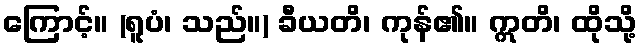
ကြောင့်။ (ရူပံ၊ သည်။) ခီယတိ၊ ကုန်၏။ ဣတိ၊ ထိုသို့